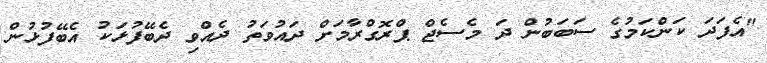
"އެފަދަ ކަންކަމުގެ ސަބަބުން ދަ މެސެޖް ޕްރޮގްރާމަށް ދައުވަތު ދެއްވި ދެބޭފުޅަކު އެބޭފުޅުން